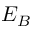
E _ { B }